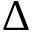
\Delta